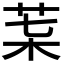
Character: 𦮇